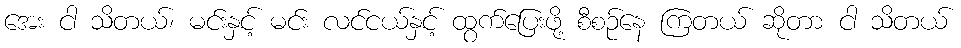
အေး ငါ သိတယ်၊ မင်းနှင့် မင်း လင်ငယ်နှင့် ထွက်ပြေးဖို့ စီစဉ်နေ ကြတယ် ဆိုတာ ငါ သိတယ်